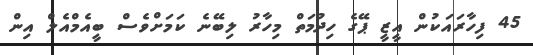
45 ފިހާރައަކުން އީޒީ ޕޭގެ ހިދުމަތް މިހާރު ލިބޭނެ ކަމަށްވެސް ބީއެމްއެލް އިން